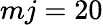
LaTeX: mj=20